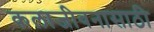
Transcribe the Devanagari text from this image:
कलाजीवनासाठी